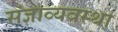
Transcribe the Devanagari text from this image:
संज्ञाव्यवस्था